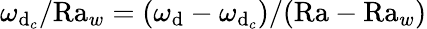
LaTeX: \omega_{\mathrm{d}_{c}}/\textrm{{Ra}}_{w}=(\omega_{\mathrm{d}}-\omega_{\mathrm{d}_{c}})/(\textrm{{Ra}}-\textrm{{Ra}}_{w})